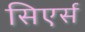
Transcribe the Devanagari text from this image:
सिएर्स